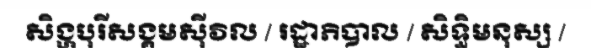
សិង្ហបុរីសង្គមស៊ីវិល / រដ្ឋាភិបាល / សិទ្ធិមនុស្ស /